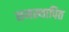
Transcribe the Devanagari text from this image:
समस्थापित